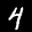
Label: 4